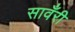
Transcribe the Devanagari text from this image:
सावँरी